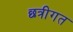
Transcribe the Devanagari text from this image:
छत्रीगत